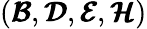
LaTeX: (\pmb{{\cal B}},\pmb{{\cal D}},\pmb{{\cal E}},\pmb{{\cal H}})